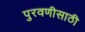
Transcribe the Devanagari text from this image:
पुरवणीसाठी